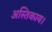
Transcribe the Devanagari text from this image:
अस्तिकाय।